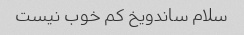
سلام ساندویخ کم خوب نیست